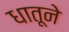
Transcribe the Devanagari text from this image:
धातूने